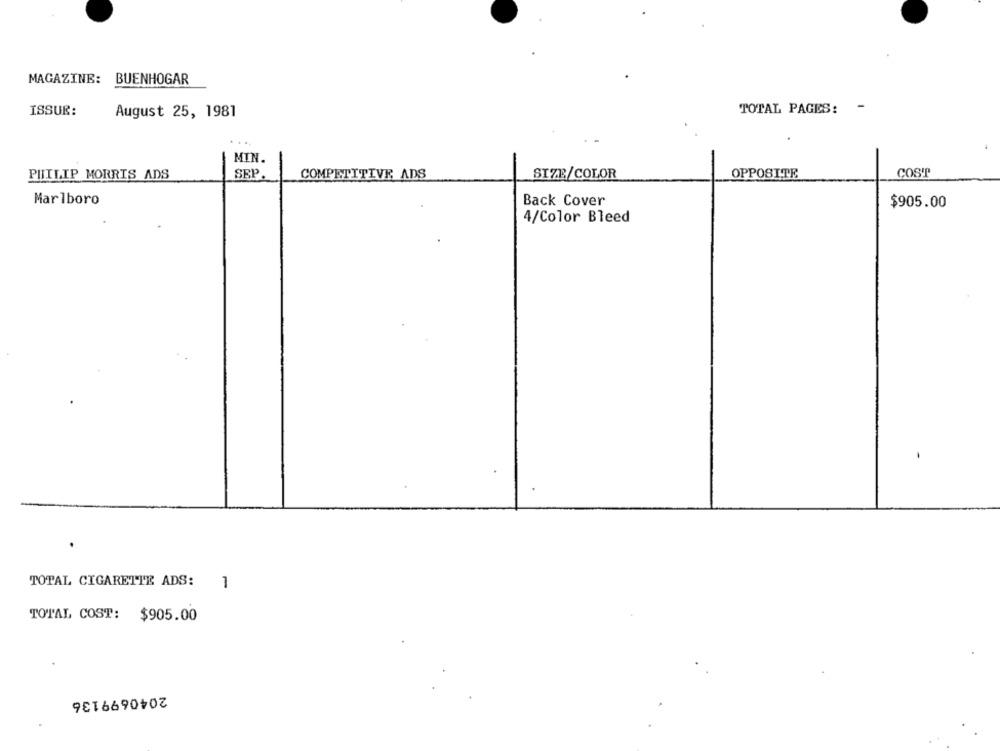
MAGAZINE: BUENHOGAR
-
ISSUR:
TOTAL PAGES:
August 25, 1981
....
MIN.
COST
PHILIP MORRIS ADS
SEP.
COMPETITIVE ADS
SIZE/COLOR
OPPOSITE
Marlboro
Back Cover
$905.00
4/Color Bleed
TOTAL CIGARETTE ADS:
1
TOTAL COST: $905.00
2040699136